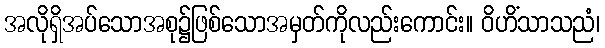
အလိုရှိအပ်သောအစု၌ဖြစ်သောအမှတ်ကိုလည်းကောင်း။ ဝိဟိံသာသညံ၊